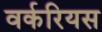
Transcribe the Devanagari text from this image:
वर्करियस